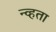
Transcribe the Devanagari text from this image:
न्व्हता